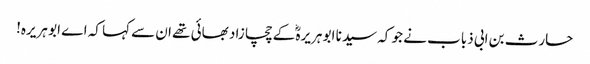
حارث بن ابی ذباب نے جو کہ سیدنا ابو ہریرہؓ کے چچا زاد بھائی تھے ان سے کہا کہ اے ابو ہریرہ!